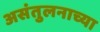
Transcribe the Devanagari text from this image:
असंतुलनाच्या